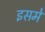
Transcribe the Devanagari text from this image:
इसमेें